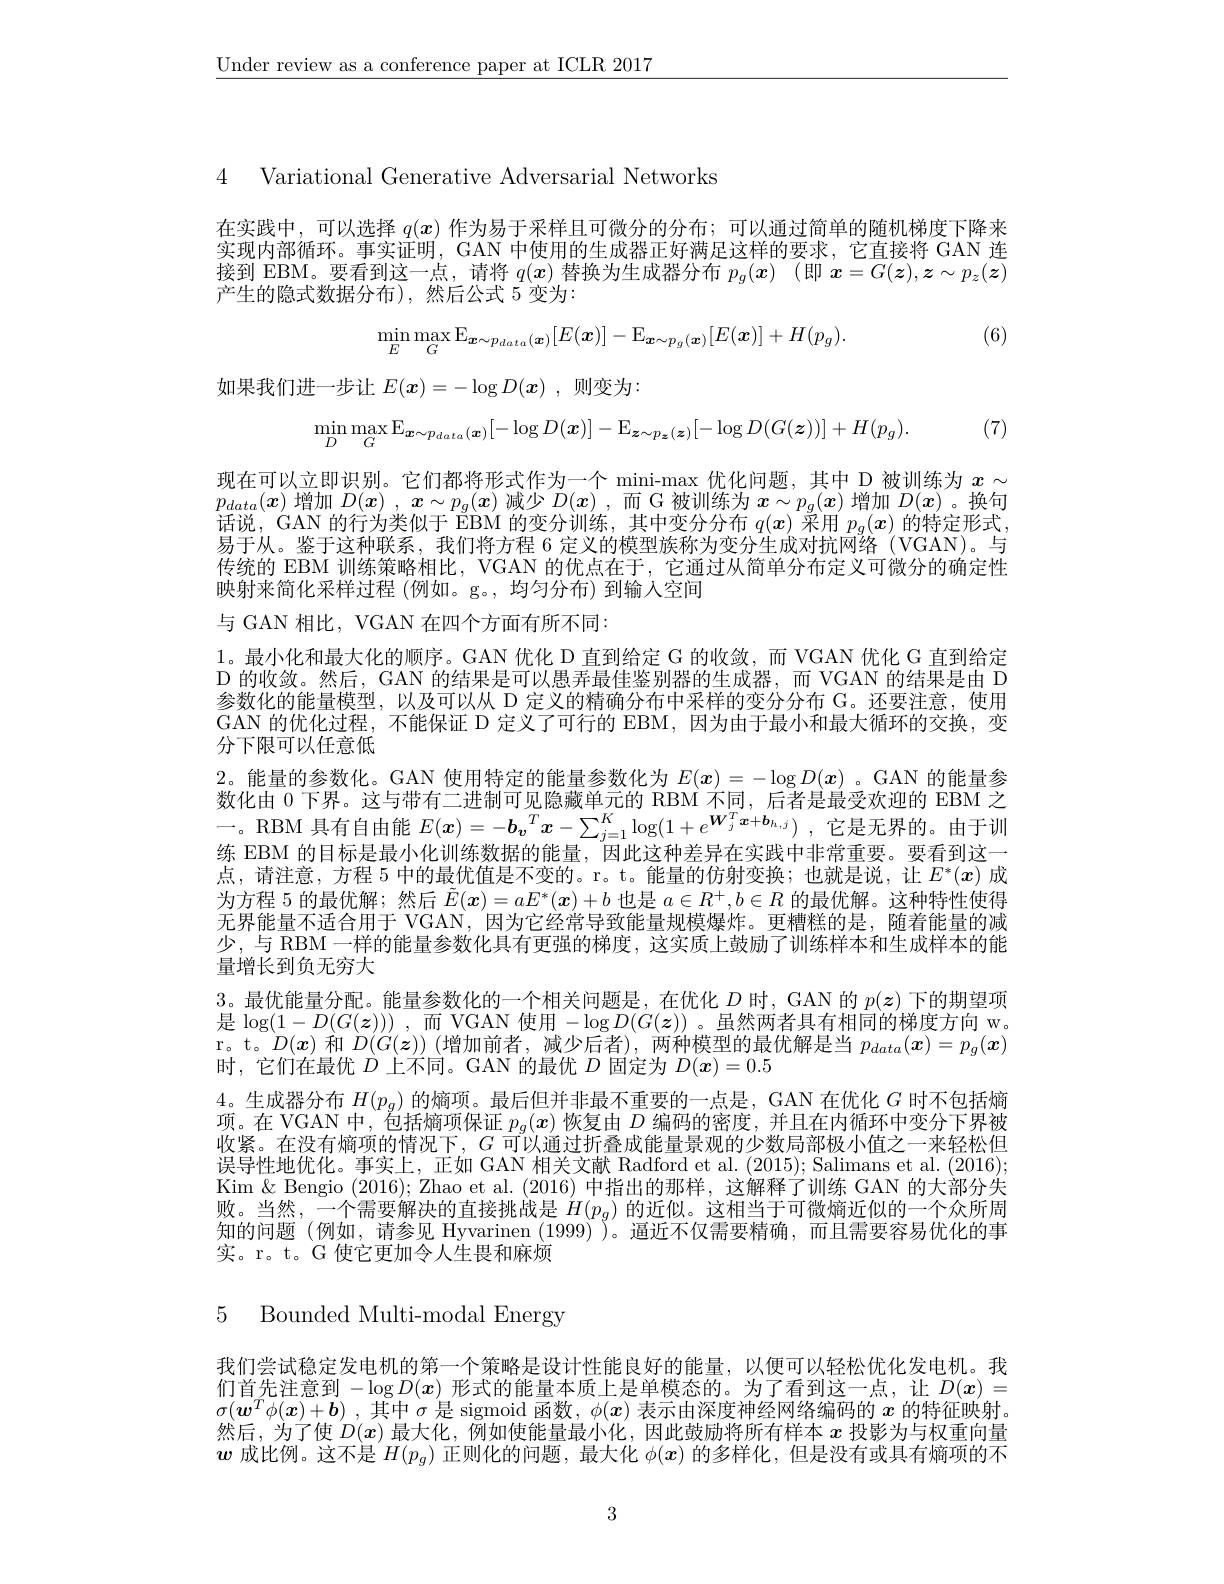
$\underline{\text{Under review as a conference paper at ICLR 2017}}$

4 Variational Generative Adversarial Networks

在实践中，可以选择$q(x)$作为易于采样且可微分的分布；可以通过简单的随机梯度下降来实现内部循环。事实证明，GAN 中使用的生成器正好满足这样的要求，它直接将 GAN 连接到 EBM。要看到这一点，请将$q(x)$替换为生成器分布$p_g(x)$ (即$x=G(z),z\sim p_z(\bar{\boldsymbol{z}})$ 产生的隐式数据分布),然后公式 5 变为：
$$\min_{E}\max_{G}\mathbb{E}_{\boldsymbol{x}\sim p_{data}(\boldsymbol{x})}[E(\boldsymbol{x})]-\mathbb{E}_{\boldsymbol{x}\sim p_{g}(\boldsymbol{x})}[E(\boldsymbol{x})]+H(p_{g}).$$
(6)

如果我们进一步让$E(x)=-\log D(x)$ ,则变为：

(7)
$$\operatorname*{min}_{D}\operatorname*{max}_{G}\operatorname{E}_{\boldsymbol{x}\sim p_{data}(\boldsymbol{x})}[-\log D(\boldsymbol{x})]-\operatorname{E}_{\boldsymbol{z}\sim p_{\boldsymbol{z}}(\boldsymbol{z})}[-\log D(G(\boldsymbol{z}))]+H(p_{g}).$$
现在可以立即识别。它们都将形式作为一个 mini-max 优化问题，其中 D 被训练为$x\sim$ $p_{data}(\boldsymbol{x})$增加$D(\boldsymbol{x}),\boldsymbol{x}\sim p_g(\boldsymbol{x})$减少$D(\boldsymbol{x})$,而 G 被训练为$\boldsymbol{x}\sim p_g(\boldsymbol{x})$增加$D(\boldsymbol{x})$。换句话说，GAN 的行为类似于 EBM 的变分训练，其中变分分布$q(x)$采用$p_g(x)$的特定形式， 易于从。鉴于这种联系，我们将方程 6 定义的模型族称为变分生成对抗网络 (VGAN)。与传统的 EBM 训练策略相比，VGAN 的优点在于，它通过从简单分布定义可微分的确定性映射来简化采样过程 (例如。g。,均匀分布) 到输入空间

与 GAN 相比，VGAN 在四个方面有所不同：
1。最小化和最大化的顺序。GAN 优化 D 直到给定 G 的收敛，而 VGAN 优化 G 直到给定D 的收敛。然后，GAN 的结果是可以愚弄最佳鉴别器的生成器，而 VGAN 的结果是由 D 参数化的能量模型，以及可以从 D 定义的精确分布中采样的变分分布 G。还要注意，使用GAN 的优化过程，不能保证 D 定义了可行的 EBM,因为由于最小和最大循环的交换，变分下限可以任意低
2。能量的参数化。GAN 使用特定的能量参数化为$E(x)=-\log D(x)$ 。GAN 的能量参数化由0下界。这与带有二进制可见隐藏单元的 RBM 不同，后者是最受欢迎的 EBM 之一。RBM 具有自由能$E( x) = - \boldsymbol{b}_{\boldsymbol{v}}^T\boldsymbol{x}- \sum _{j= 1}^K\log ( 1+ e^{\boldsymbol{W}_j^T\boldsymbol{x}+ \boldsymbol{b}_{h, j}})$ ,它是无界的。由于训练 EBM 的目标是最小化训练数据的能量，因此这种差异在实践中非常重要。要看到这一点，请注意，方程5中的最优值是不变的。r。t。能量的仿射变换；也就是说，让$E^*(x)$成为方程 5 的最优解；然后$\tilde{E}(\boldsymbol{x})=aE^*(\boldsymbol{x})+b$也是$a\in R^+,b\in R$的最优解。这种特性使得无界能量不适合用于 VGAN,因为它经常导致能量规模爆炸。更糟糕的是，随着能量的减少，与 RBM 一样的能量参数化具有更强的梯度，这实质上鼓励了训练样本和生成样本的能量增长到负无穷大
3。最 优 能 量 分 配 。能 量 参 数 化 的 一 个 相 关 问 题 是 , 在 优 化 $D$ 时 , GAN 的 $p( \boldsymbol{z})$ 下 的 期 望 项 3。最 优 能 量 分 配 。能 量 参 数 化 的 一 个 相 关 问 题 是 , 在 优 化 $D$ 时 , GAN 的 $p( \boldsymbol{z})$ 下 的 期 望 项是$\log ( 1- D( G( \boldsymbol{z}) ) )$ ,而 VGAN 使用$-\log D(G(\boldsymbol{z}))$。虽然两者具有相同的梯度方向 w。r。t。$D(\boldsymbol{x})$和$D(G(\boldsymbol{z}))$ (增加前者，减少后者), 两种模型的最优解是当$p_data(\boldsymbol{x})=p_g(\boldsymbol{x})$ 时，它们在最优$D$上不同。GAN 的最优$D$固定为$D(\boldsymbol{x})=0.5$
4。生成器分布$H(p_g)$的熵项。最后但并非最不重要的一点是，GAN 在优化$G$时不包括熵项。在 VGAN 中，包括熵项保证$p_g(x)$恢复由$D$编码的密度，并且在内循环中变分下界被收紧。在没有熵项的情况下，$G$可以通过折叠成能量景观的少数局部极小值之一来轻松但误导性地优化。事实上，正如 GAN 相关文献 Radford et al. (2015); Salimans et al. (2016); Kim $\&$ Bengio (2016); Zhao et al. (2016)中指出的那样，这解释了训练 GAN 的大部分失败。当然，一个需要解决的直接挑战是$H(p_g)$的近似。这相当于可微熵近似的一个众所周知的问题(例如，请参见 Hyvarinen (1999) )。逼近不仅需要精确，而且需要容易优化的事实。r。t。G 使它更加令人生畏和麻烦

5 Bounded Multi-modal Energy

我们尝试稳定发电机的第一个策略是设计性能良好的能量，以便可以轻松优化发电机。我们首先注意到$-\log D(x)$形式的能量本质上是单模态的。为了看到这一点，让$D(x)=$ $\sigma(\boldsymbol{w}^T\phi(\boldsymbol{x})+\boldsymbol{b})$ ,其中$\sigma$是 sigmoid 函数，$\phi(\boldsymbol{x})$表示由深度神经网络编码的$x$的特征映射。然后，为了使$D(x)$最大化，例如使能量最小化，因此鼓励将所有样本$x$投影为与权重向量$\boldsymbol{w}$成比例。这不是$H(p_g)$正则化的问题，最大化$\phi(x)$的多样化，但是没有或具有熵项的不

3